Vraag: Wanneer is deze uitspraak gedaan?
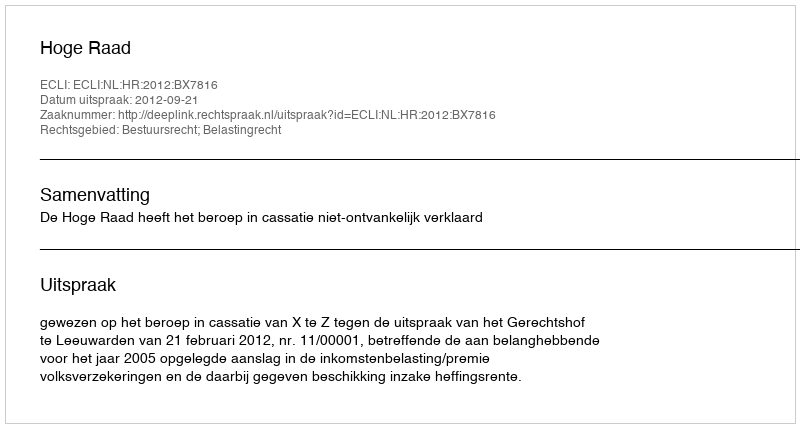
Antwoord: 2012-09-21